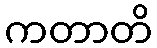
ကတာတိ